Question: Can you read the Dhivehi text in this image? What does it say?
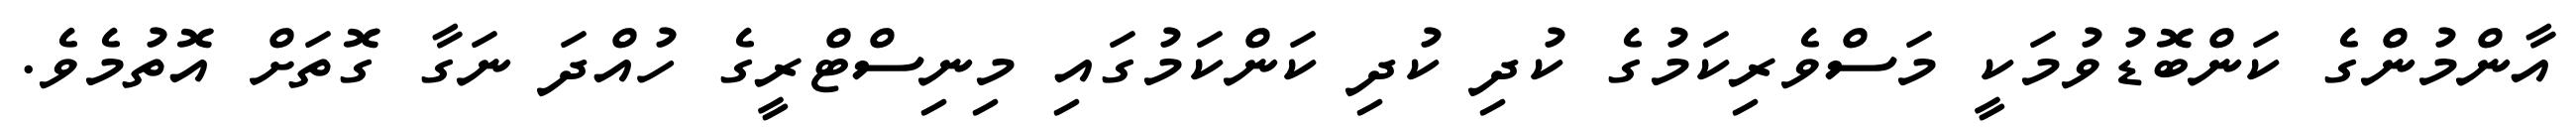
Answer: އާންމުންގެ ކަންބޮޑުވުމަކީ މަސްވެރިކަމުގެ ކުދި ކުދި ކަންކަމުގައި މިނިސްޓްރީގެ ހުއްދަ ނަގާ ގޮތަށް އޮތުމެވެ.